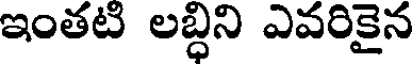
ఇంతటి లబ్ధిని ఎవరికైన